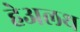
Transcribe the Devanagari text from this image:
हेअलथ